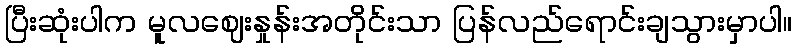
ပြီးဆုံးပါက မူလဈေးနှုန်းအတိုင်းသာ ပြန်လည်ရောင်းချသွားမှာပါ။